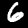
Digit: 6